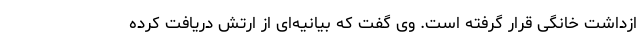
ازداشت خانگی قرار گرفته است. وی گفت که بیانیه‌ای از ارتش دریافت کرده